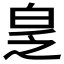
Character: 𬐆